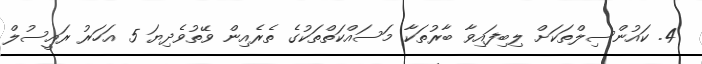
4. ކައުންސިލްތަކަށް ލިބިފައިވާ ބާރުތަކާ މަސައްކަތްތަކުގެ ތެރެއިން ވޭތުވެދިޔަ 5 އަހަރު ރައީސުލް